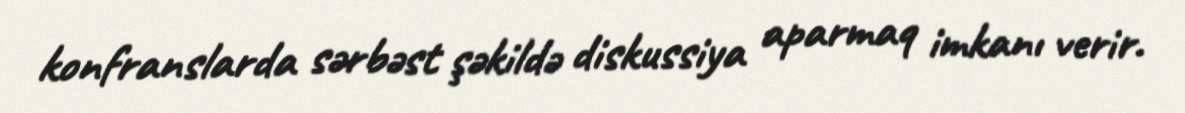
konfranslarda sərbəst şəkildə diskussiya aparmaq imkanı verir.